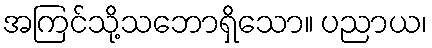
အကြင်သို့သဘောရှိသော။ ပညာယ၊